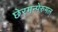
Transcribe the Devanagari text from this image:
छेरमन्पेरुमल्